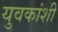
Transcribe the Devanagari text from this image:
युवकांशी